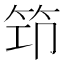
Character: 笻